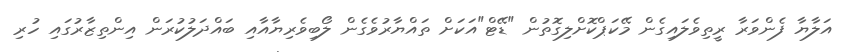
އަލާޔާ ފެންވަރާ ރީތިވެލައިގެން މޭކަޕްކޮށްލިގޮތުން "ޑޭޓް"އަކަށް ތައްޔާރުވެގެން ލޯބިވެރިޔާއާއި ބައްދަލުކުރަން އިންތިޒާރުގައި ހުރި